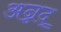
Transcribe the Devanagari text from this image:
अन्नद्